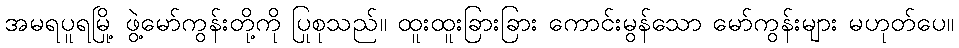
အမရပူရမြို့ ဖွဲ့မော်ကွန်းတို့ကို ပြုစုသည်။ ထူးထူးခြားခြား ကောင်းမွန်သော မော်ကွန်းများ မဟုတ်ပေ။